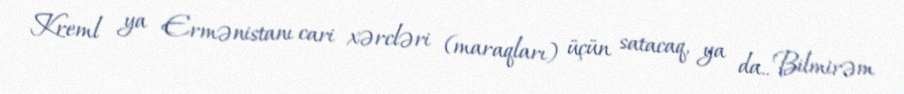
Kreml ya Ermənistanı cari xərcləri (maraqları) üçün satacaq, ya da.. Bilmirəm